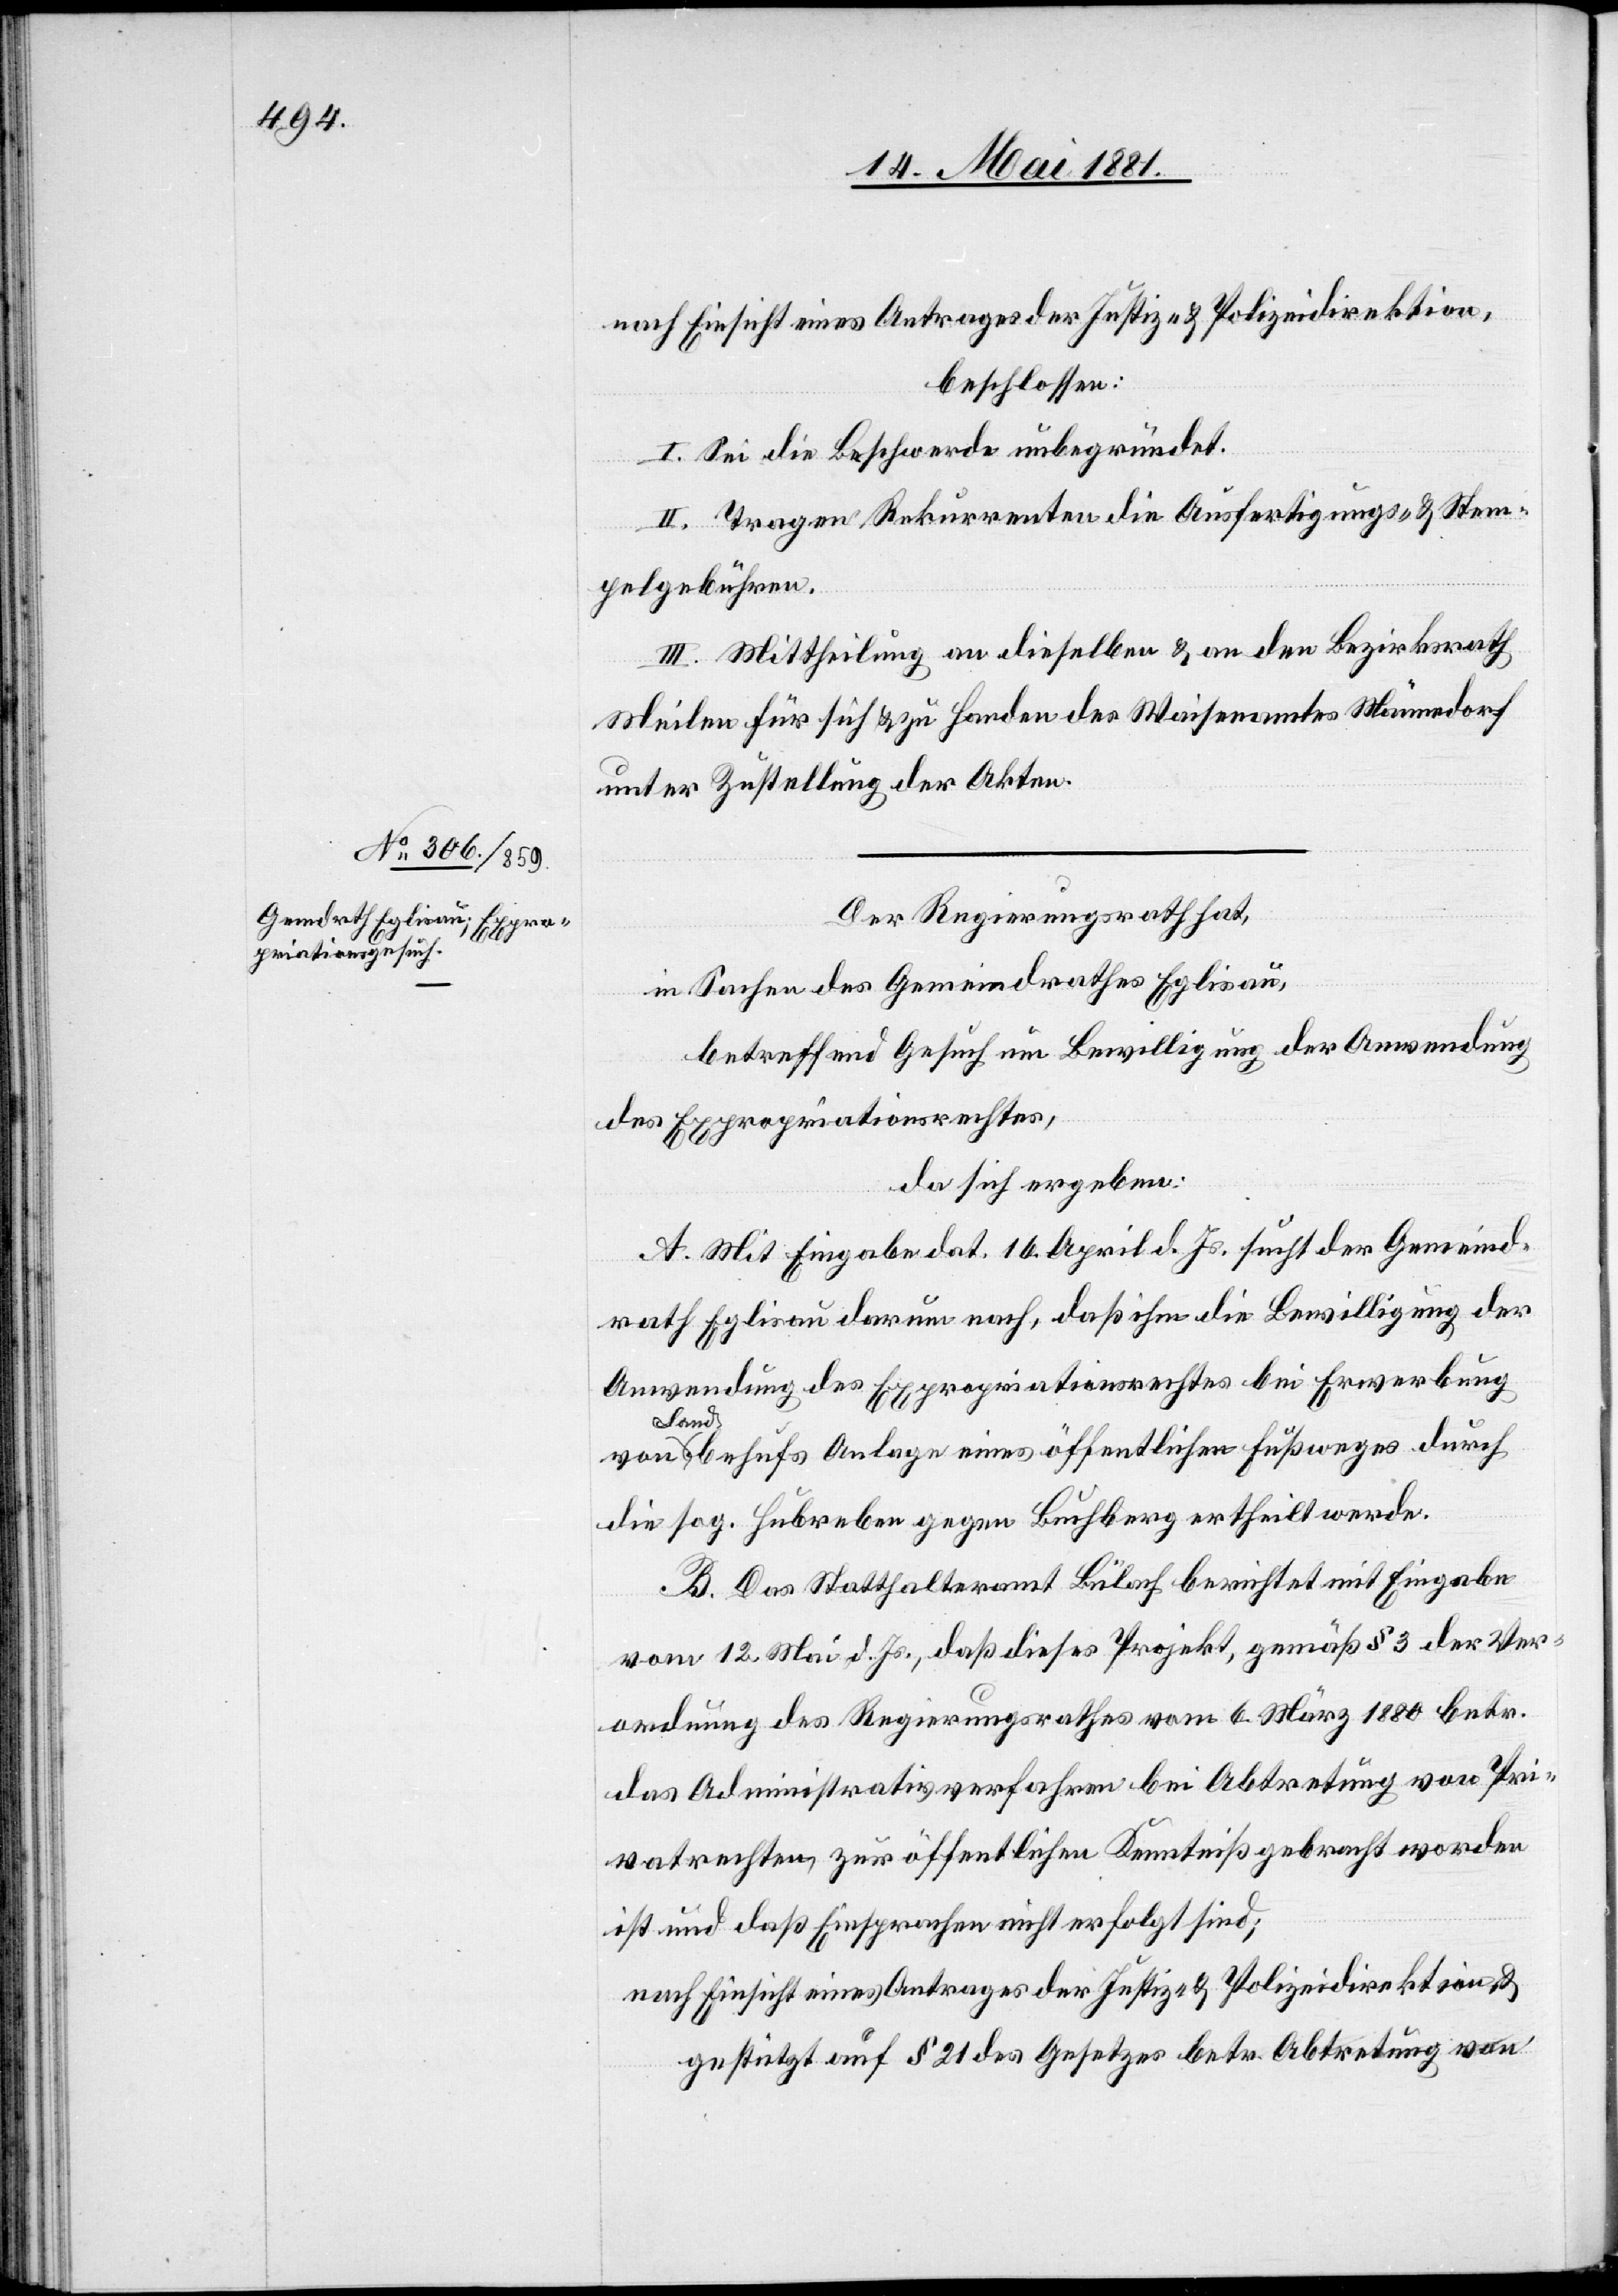
Der Regierungsrath hat,
in Sachen des Gemeindrathes Eglisau,
betreffend Gesuch um Bewilligung der Anwendung
des Expropriationsrechtes,
da sich ergeben:
A. Mit Eingabe dat. 16. April d. Js. sucht der Gemeind¬
rath Eglisau darum nach, daß ihm die Bewilligung der
Anwendung des Expropriationsrechtes bei Erwerbung
Land behufs Anlage eines öffentlichen Fußweges durch
die sog. Hubreben gegen Buchberg ertheilt werde.
B. Das Statthalteramt Bülach berichtet mit Eingabe
vom 12. Mai d. Js., daß dieses Projekt, gemäß § 3 der Ver¬
ordnung des Regierungsrathes vom 6. März 1880 betr.
das Administrativverfahren bei Abtretung von Pri¬
vatrechten zur öffentlichen Kenntnißnahme gebracht worden
ist und daß Einsprachen nicht erfolgt sind;
nach Einsicht eines Antrages der Justiz- & Polizeidirektion &
gestützt auf § 21 des Gesetzes betr. Abtretung von